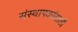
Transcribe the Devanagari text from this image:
संस्थापकांसाठी